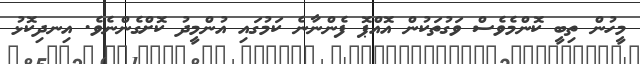
މީހުން ތިބީ ކޮންމެވެސް ވަގުތަކުން އޮއްޕޮ ފެންނާނެ ކަމުގައި އުންމީދު ކޮށްގެންނެވެ. އިނދިކޮޅު